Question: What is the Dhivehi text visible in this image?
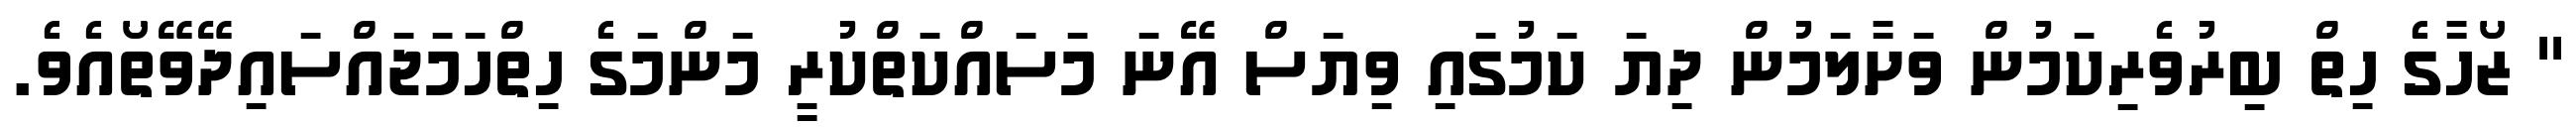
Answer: '' ޒޯހާގެ ހިތް ބިރުވެރިކަމުން ވަށާލަމުން ދިޔަ ކަމުގައި ވިޔަސް އޭނަ މަސައްކަތްކުރީ މަންމަގެ ހިތްހަމަޖައްސައިދޭވޭތޯއެވެ.